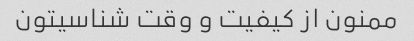
ممنون از کیفیت و وقت شناسیتون